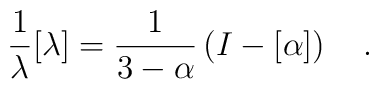
\frac{1}{\lambda}[\lambda]=\frac{1}{3-\alpha} \left(I-[\alpha] \right) ~~~.